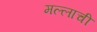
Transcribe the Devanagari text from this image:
मल्लाची